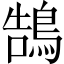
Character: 鵠